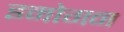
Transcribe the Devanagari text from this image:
इमोगन